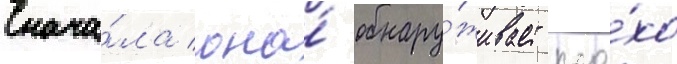
Снача́ла она́ обнару́живает пло́хо